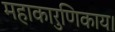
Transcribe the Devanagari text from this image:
महाकारुणिकाय।